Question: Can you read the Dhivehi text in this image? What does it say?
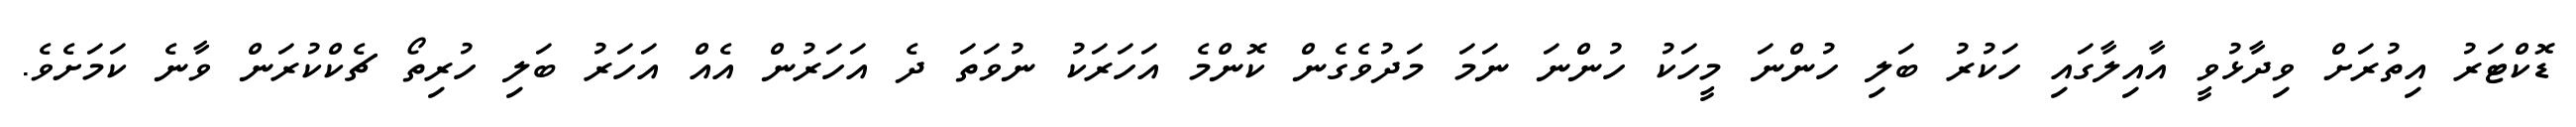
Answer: ޑޮކްޓަރު އިތުރަށް ވިދާޅުވީ އާއިލާގައި ހަކުރު ބަލި ހުންނަ މީހަކު ހުންނަ ނަމަ މަދުވެގެން ކޮންމެ އަހަރަކު ނުވަތަ ދެ އަހަރުން އެއް އަހަރު ބަލި ހުރިތޯ ޗެކްކުރަން ވާނެ ކަމަށެވެ.